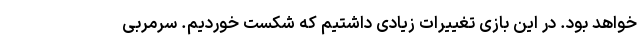
خواهد بود. در این بازی تغییرات زیادی داشتیم که شکست خوردیم. سرمربی